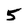
Character: 5